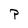
Character: P